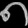
Digit: ၈